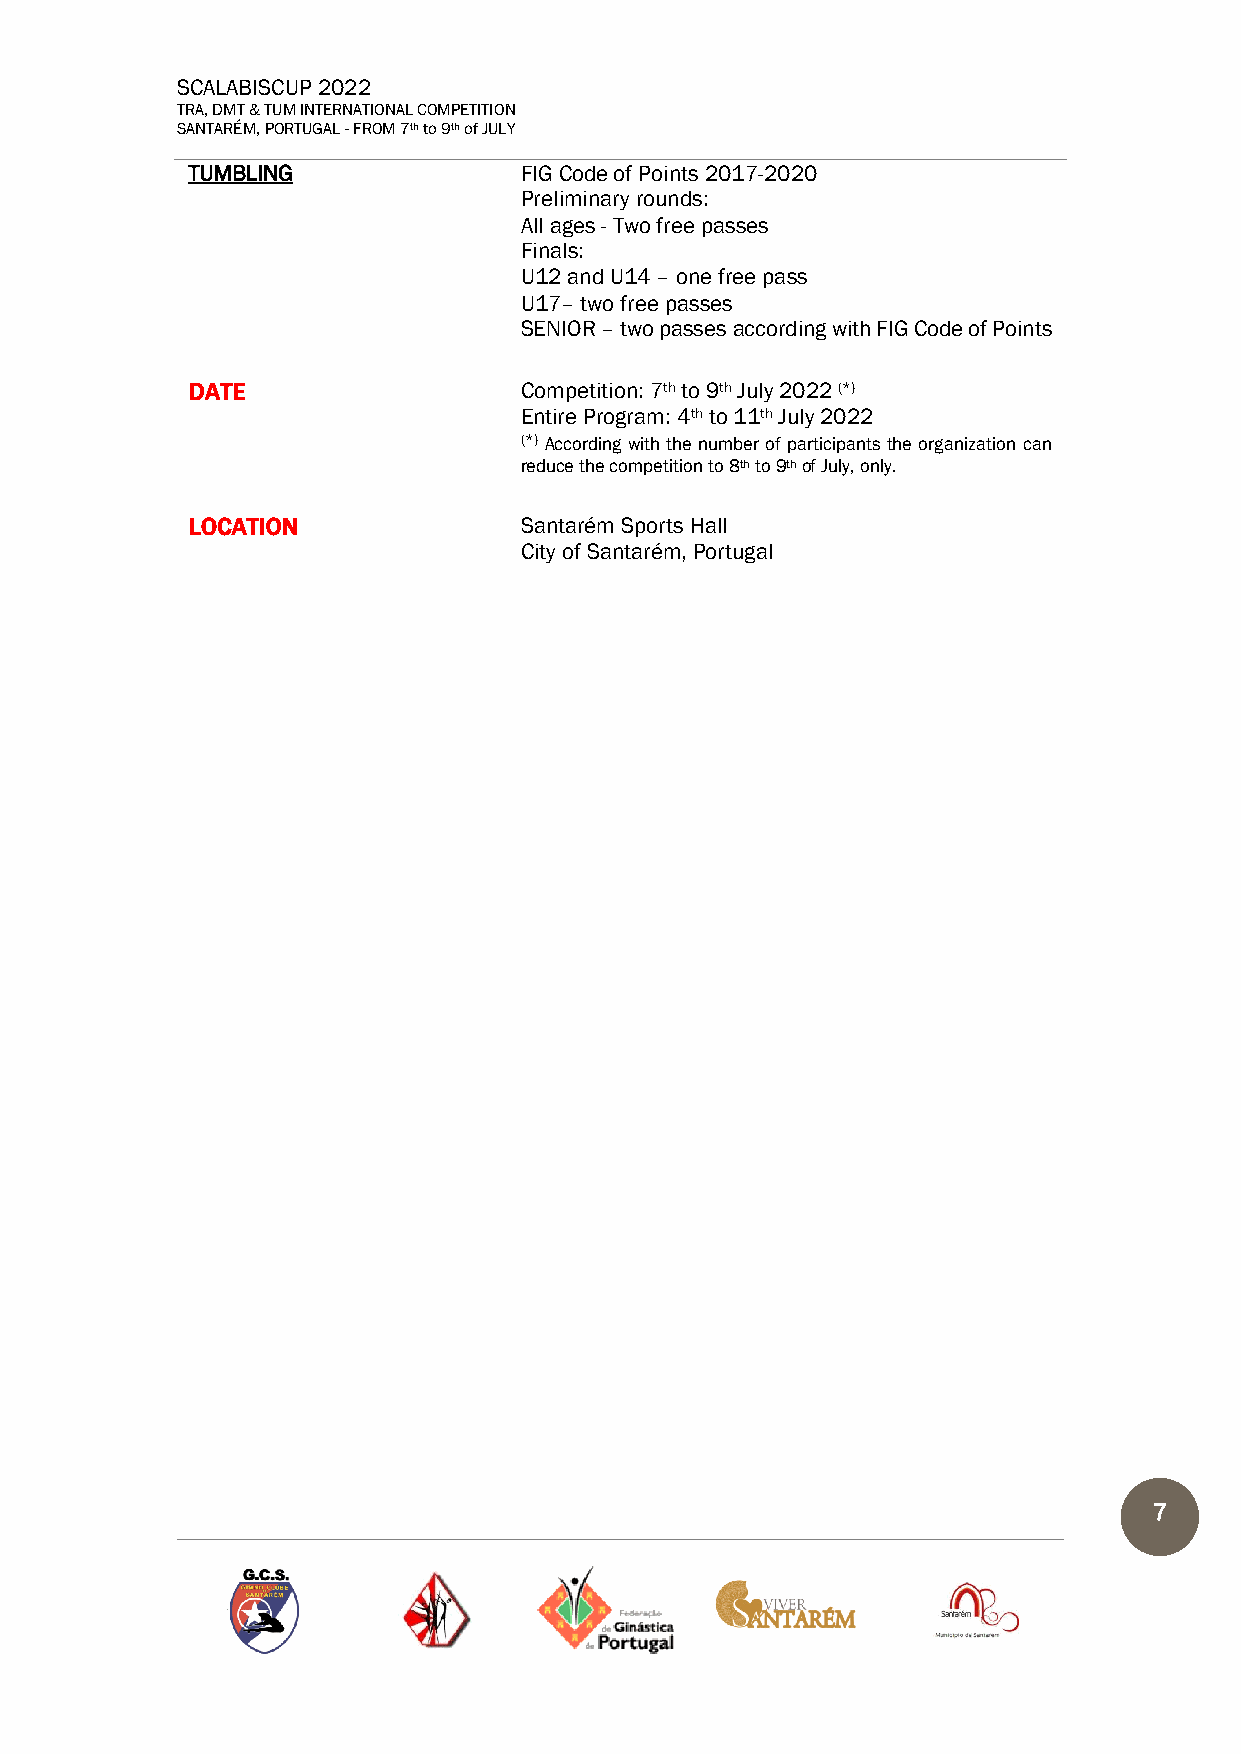
SCALABISCUP 2022
 TRA, DMT & TUM INTERNATIONAL COMPETITION
 SANTARÉM, PORTUGAL - FROM 7th to 9th of JULY
 TUMBLING              FIG Code of Points 2017-2020
 Preliminary rounds:
 All ages - Two free passes
 Finals:
 U12 and U14 – one free pass
 U17– two free passes
 SENIOR – two passes according with FIG Code of Points
 DATE                  Competition: 7th to 9th July 2022 (*)
 Entire Program: 4th to 11th July 2022
 (*) According with the number of participants the organization can
 reduce the competition to 8th to 9th of July, only.
 LOCATION              Santarém Sports Hall
 City of Santarém, Portugal
 7